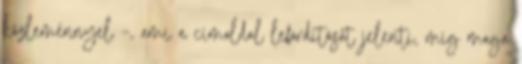
közleménnyel –, ami a címoldal lefordítását jelenti, míg maga